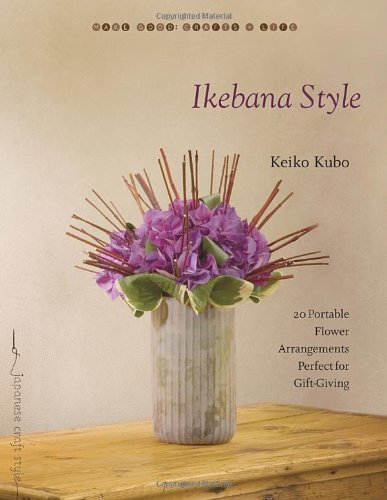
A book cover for Ikebana Style: 20 Portable Flower Arrangements Perfect for Gift-Giving (Make Good: Crafts + Life); Keiko Kubo; Crafts, Hobbies & Home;